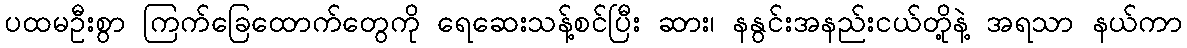
ပထမဦးစွာ ကြက်ခြေထောက်တွေကို ရေဆေးသန့်စင်ပြီး ဆား၊ နနွင်းအနည်းငယ်တို့နဲ့ အရသာ နယ်ကာ